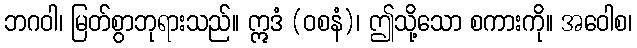
ဘဂဝါ၊ မြတ်စွာဘုရားသည်။ ဣဒံ (ဝစနံ)၊ ဤသို့သော စကားကို။ အဝေါစ၊